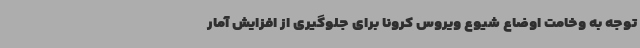
توجه به وخامت اوضاع شیوع ویروس کرونا برای جلوگیری از افزایش آمار